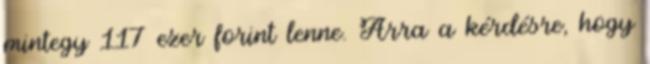
mintegy 117 ezer forint lenne. Arra a kérdésre, hogy